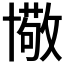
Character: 𠧂